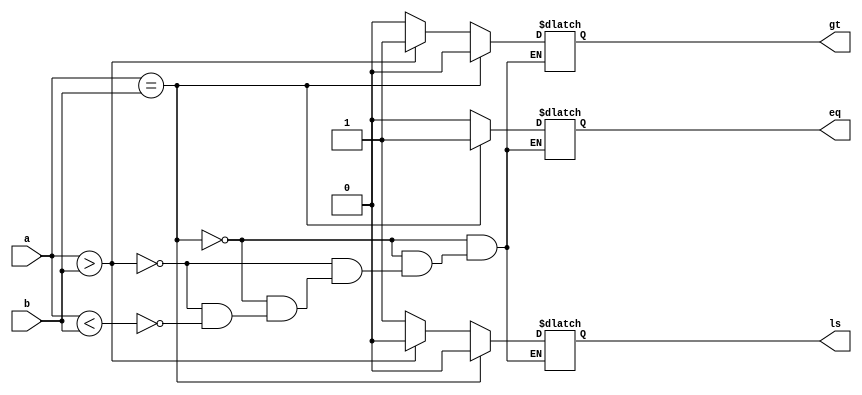
module Comparator(a,b,eq,ls,gt);
input [2:0] a,b;
output reg eq,ls,gt;

always @(*)
begin
 if(a==b)
  begin
   eq=1;
   ls=0;
   gt=0;
  end
 else if(a>b)
  begin
   eq=0;
   ls=0;
   gt=1;
  end
else if(a<b)
  begin
   eq=0;
   ls=1;
   gt=0;
  end
end
endmodule